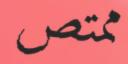
ممتص